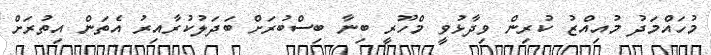
މުހައްމަދު މުއިއްޒު ކުރިން ވިދާޅުވީ މްހޫރީ ބިނާ ބިސްބުރަށް ބަދަލުކުރާއިރު އެތަން އިތުރަށް